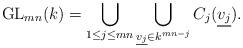
LaTeX: \begin{align*}\mathrm{GL}_{mn}(k)=\bigcup \limits_{1\leq j \leq mn}\bigcup \limits_{\underline{v_j}\in k^{mn-j}}C_j(\underline{v_j}).\end{align*}